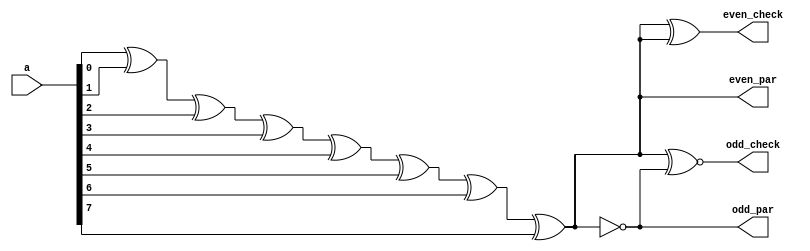
`timescale 1ns / 1ps
//////////////////////////////////////////////////////////////////////////////////
// Company: 
// Engineer: 
// 
// Design Name: 
// Module Name: parity_8bit
// Project Name: 
// Target Devices: 
// Tool Versions: 
// Description: 
// 
// Dependencies: 
// 
// Revision:
// Revision 0.01 - File Created
// Additional Comments:
// 
//////////////////////////////////////////////////////////////////////////////////


module parity_8bit(
    input [7:0] a,
    output even_par,
    output odd_par,
    output even_check,
    output odd_check
    );
    assign even_par=a[0]^a[1]^a[2]^a[3]^a[4]^a[5]^a[6]^a[7];
    assign odd_par=~even_par;
    assign even_check=(a[0]^a[1]^a[2]^a[3]^a[4]^a[5]^a[6]^a[7])^even_par;
    assign odd_check=(a[0]^a[1]^a[2]^a[3]^a[4]^a[5]^a[6]^a[7])~^odd_par;
endmodule